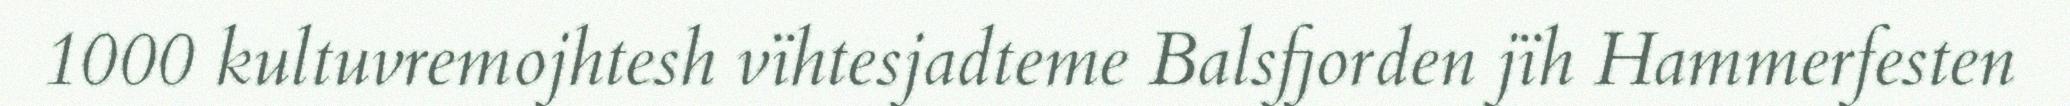
1000 kultuvremojhtesh vïhtesjadteme Balsfjorden jïh Hammerfesten